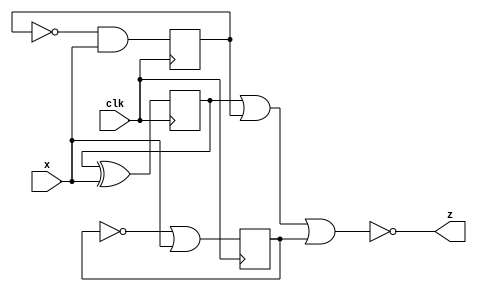
module top_module (
    input clk,
    input x,
    output z
); 
reg q1_reg;
reg q2_reg;
reg q3_reg;

always @(posedge clk)begin
    q1_reg <= q1_reg ^ x;
end

always @(posedge clk)begin
    q2_reg <= ~q2_reg & x;
end

always @(posedge clk)begin
    q3_reg <= !q3_reg | x;
end
assign z = !(q1_reg | q2_reg | q3_reg);
endmodule